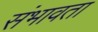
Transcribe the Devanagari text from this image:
संभावता